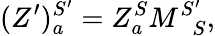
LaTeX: (Z^{\prime})_{a}^{S^{\prime}}=Z_{a}^{S}M_{\; \; S}^{S^{\prime}},